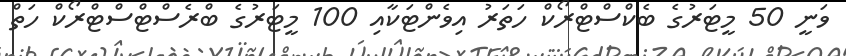
ވަނީ 50 މީޓަރުގެ ބެކްސްޓްރޯކް ހަތަރު އިވެންޓަކާއި 100 މީޓަރުގެ ބްރެސްޓްސްޓްރޯކް ހަތް